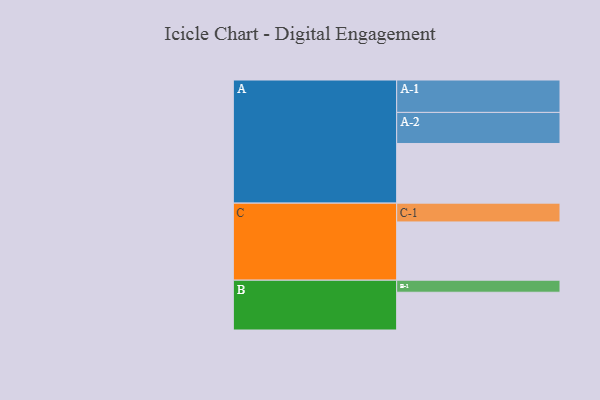
{"axis": {"x": "Segment", "y": "Value"}, "legend": ["", "A", "B", "C"], "data": [{"x": "A", "y": 545, "type": ""}, {"x": "B", "y": 345, "type": ""}, {"x": "C", "y": 532, "type": ""}, {"x": "A-1", "y": 296, "type": "A"}, {"x": "A-2", "y": 284, "type": "A"}, {"x": "B-1", "y": 110, "type": "B"}, {"x": "C-1", "y": 172, "type": "C"}]}